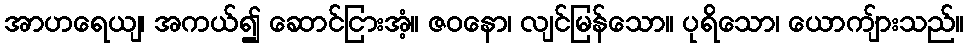
အာဟရေယျ၊ အကယ်၍ ဆောင်ငြားအံ့။ ဇဝနော၊ လျင်မြန်သော။ ပုရိသော၊ ယောကျ်ားသည်။